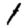
Digit: 1